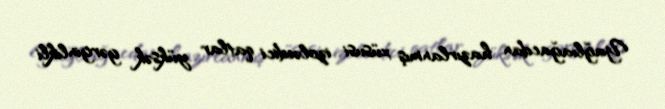
Yağlıağacdan hazırlanmış xüsusi izoləedici qatlar yüksək gərginlikli